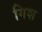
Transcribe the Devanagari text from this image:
गिश